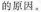
的原因。